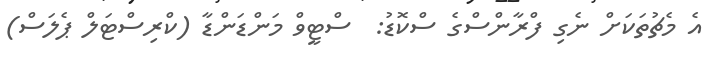
އެ މެޗުތަކަށް ނެގި ފްރާންސްގެ ސްކޮޑު:  ސްޓީވް މަންޑަންޑާ (ކްރިސްޓަލް ޕެލަސް)